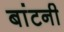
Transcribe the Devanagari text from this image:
बांटनी